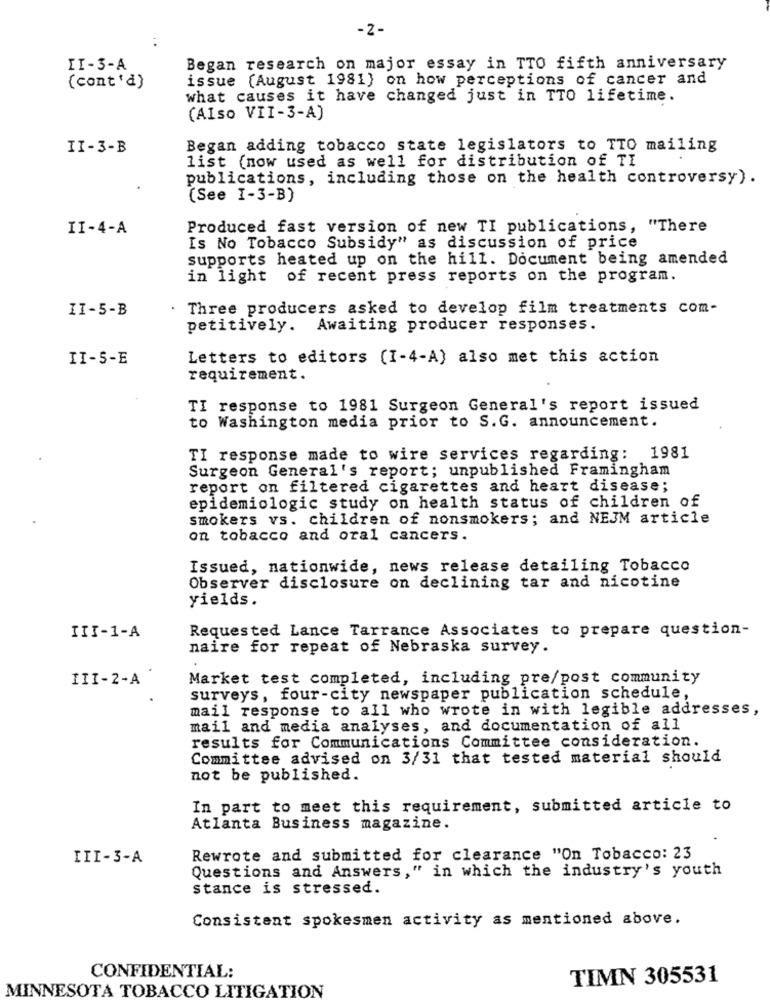
-2-
. .
II-3-A
Began research on major essay in TTO fifth anniversary
issue (August 1981) on how perceptions of cancer and
(cont'd)
what causes it have changed just in TTO lifetime.
(Also VII-3-A)
II-3-B
Began adding tobacco state legislators to TTO mailing
list (now used as well for distribution of TI
publications, including those on the health controversy).
(See I-3-B)
II-4-A
Produced fast version of new TI publications, "There
Is No Tobacco Subsidy" as discussion of price
supports heated up on the hill. Document being amended
in light of recent press reports on the program.
. Three producers asked to develop film treatments com-
II-5-B
petitively. Awaiting producer responses.
II-5-E
Letters to editors (1-4-A) also met this action
requirement.
TI response to 1981 Surgeon General's report issued
to Washington media prior to S.G. announcement.
TI response made to wire services regarding: 1981
Surgeon General's report; unpublished Framingham
report on filtered cigarettes and heart disease;
epidemiologic study on health status of children of
smokers vs. children of nonsmokers; and NEJM article
on tobacco and oral cancers.
Issued, nationwide, news release detailing Tobacco
Observer disclosure on declining tar and nicotine
yields.
Requested Lance Tarrance Associates to prepare question-
III-1-A
naire for repeat of Nebraska survey.
III-2-A
Market test completed, including pre/post community
surveys, four-city newspaper publication schedule,
mail response to all who wrote in with legible addresses,
mail and media analyses, and documentation of all
results for Communications Committee consideration.
Committee advised on 3/31 that tested material should
not be published.
In part to meet this requirement, submitted article to
Atlanta Business magazine.
III-3-A
Rewrote and submitted for clearance "On Tobacco: 23
Questions and Answers," in which the industry's youth
stance is stressed.
Consistent spokesmen activity as mentioned above.
CONFIDENTIAL:
TIMN 305531
MINNESOTA TOBACCO LITIGATION